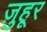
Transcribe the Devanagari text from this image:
ज़ुहूर